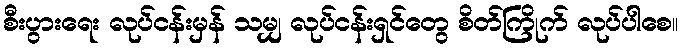
စီးပွားရေး လုပ်ငန်းမှန် သမျှ လုပ်ငန်းရှင်တွေ စိတ်ကြိုက် လုပ်ပါစေ။